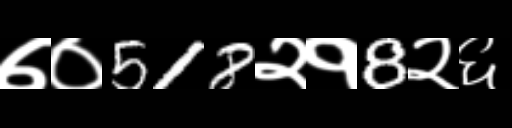
Text: ७०518२१8२६